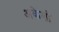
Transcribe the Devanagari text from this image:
अकेशी